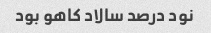
نود درصد سالاد کاهو بود